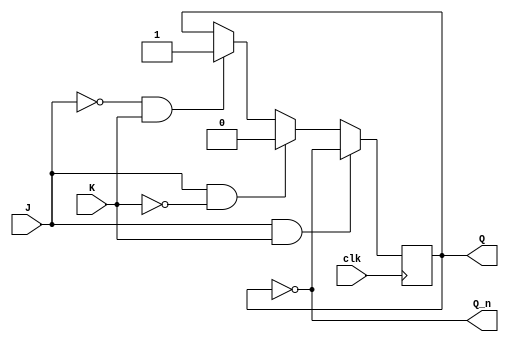
module negative_edge_triggered_JK_FF (
    input J, 
    input K, 
    input clk,
    output reg Q,
    output reg Q_n
);
    
    always @(negedge clk) begin
        if(J & K) // Toggle mode
            Q <= ~Q;
        else if(J & ~K) // Reset-set mode
            Q <= 1'b0;
        else if(~J & K)
            Q <= 1'b1;
    end
    
    assign Q_n = ~Q;
    
endmodule